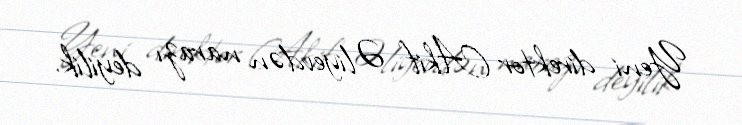
Yeni direktor Akif Əliyevdən narazı deyilik.